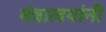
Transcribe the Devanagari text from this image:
मंत्रालयांनी